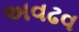
અવઢવ